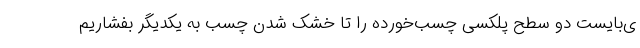
ی‌بایست دو سطح پلکسی چسب‌خورده را تا خشک شدن چسب به یکدیگر بفشاریم